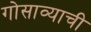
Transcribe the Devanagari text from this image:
गोसाव्याची